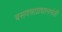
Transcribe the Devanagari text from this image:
बसवन्नाप्रधानमंत्री